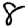
Digit: 8